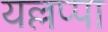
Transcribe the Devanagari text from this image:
यल्लप्पा